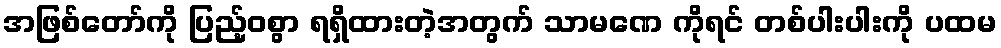
အဖြစ်တော်ကို ပြည့်ဝစွာ ရရှိထားတဲ့အတွက် သာမဏေ ကိုရင် တစ်ပါးပါးကို ပထမ